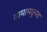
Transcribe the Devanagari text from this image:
गामामधूनच